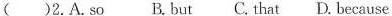
( )2.A.So B. but C.That D. Because